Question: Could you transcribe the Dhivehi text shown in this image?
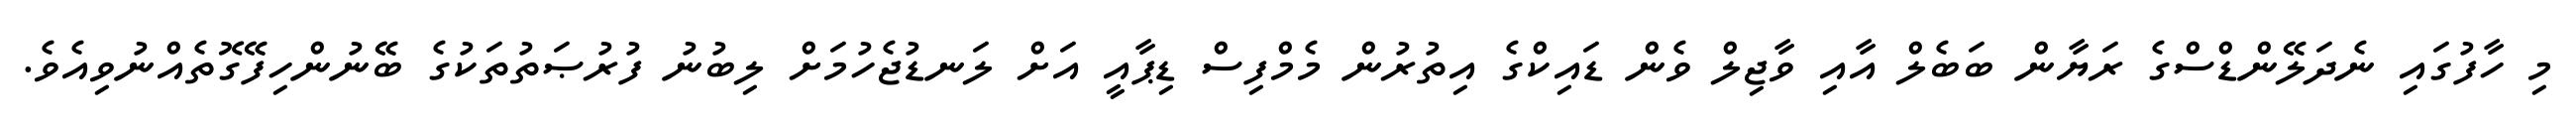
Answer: މި ހާފުގައި ނެދަލޭންޑްސްގެ ރަޔާން ބަބެލް އާއި ވާޖިލް ވެން ޑައިކްގެ އިތުރުން މެމްފިސް ޑިޕާއީ އަށް ލަނޑުޖެހުމަށް ލިބުނު ފުރުޞަތުތަކުގެ ބޭނުންހިފޭގޮތެއްނުވިއެވެ.